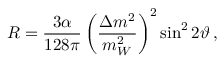
R = \frac { 3 \alpha } { 1 2 8 \pi } \left( \frac { \Delta { m } ^ { 2 } } { m _ { W } ^ { 2 } } \right) ^ { 2 } \sin ^ { 2 } 2 \vartheta \, ,